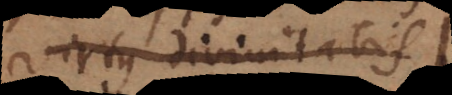
virtus divinitatis.